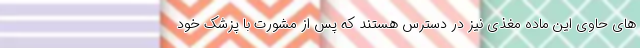
های حاوی این ماده مغذی نیز در دسترس هستند که پس از مشورت با پزشک خود